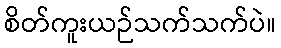
စိတ်ကူးယဉ်သက်သက်ပဲ။